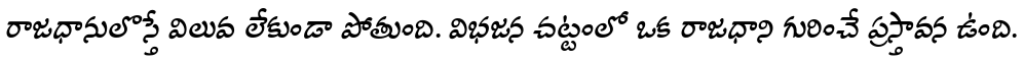
రాజధానులొస్తే విలువ లేకుండా పోతుంది. విభజన చట్టంలో ఒక రాజధాని గురించే ప్రస్తావన ఉంది.